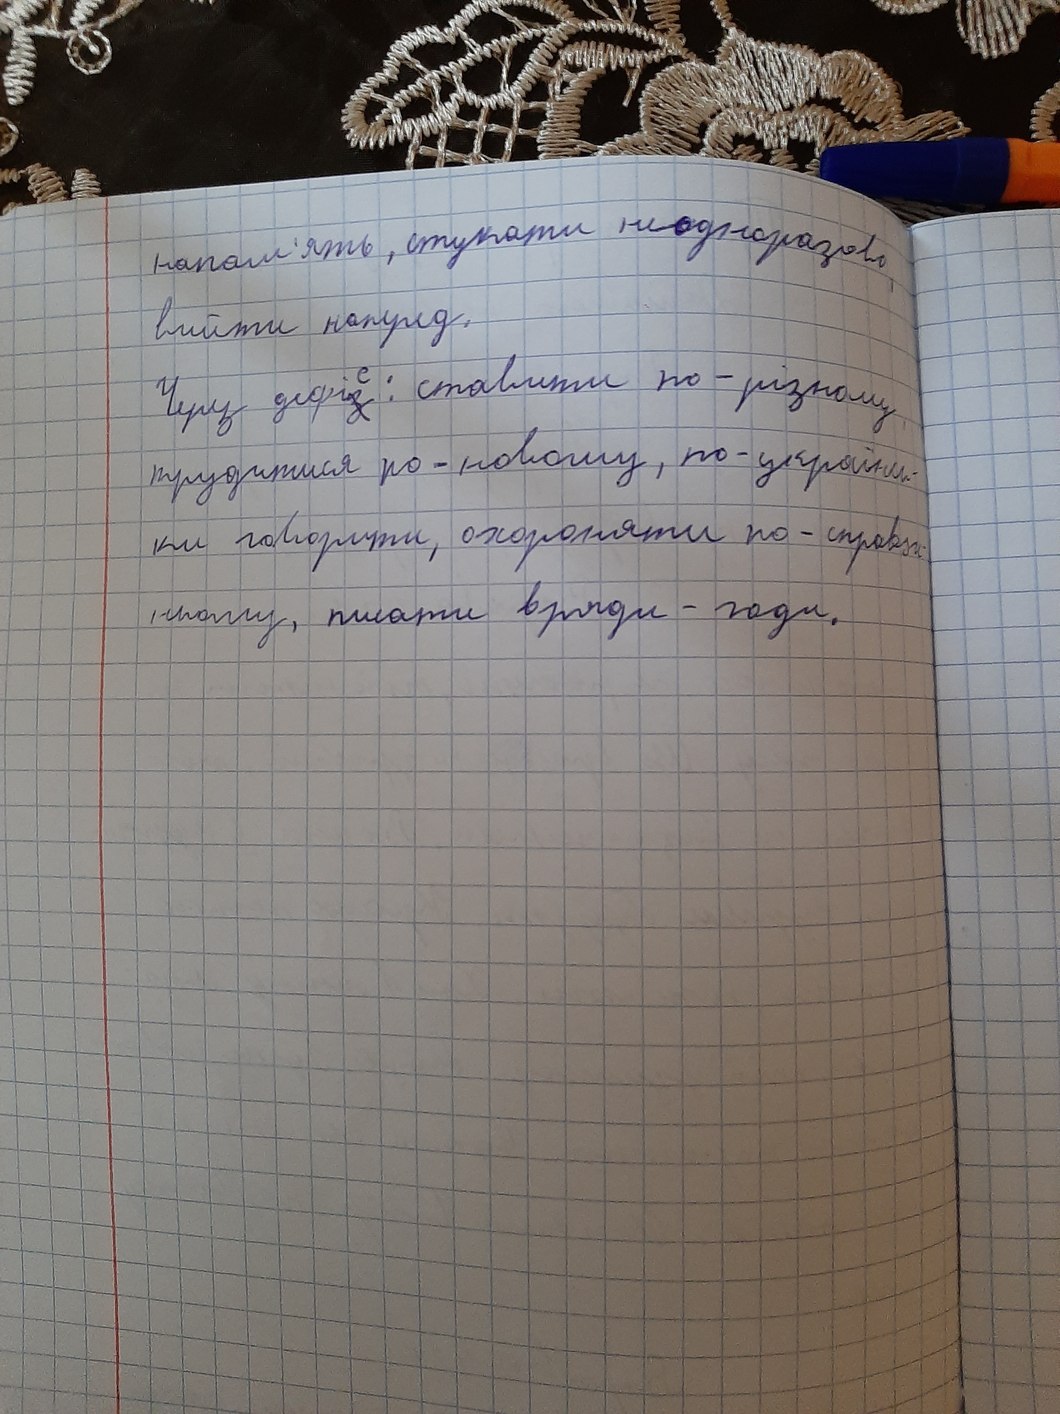
напам'ять, стукати неодноразово,
вийти наперед.
Через дефіс: ставити по-різному
трудится по-новому, по-українсь-
ки говорити, охороняти по справж-
ньому, писати вряди-годи.